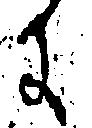
に